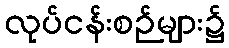
လုပ်ငန်းစဉ်များ၌